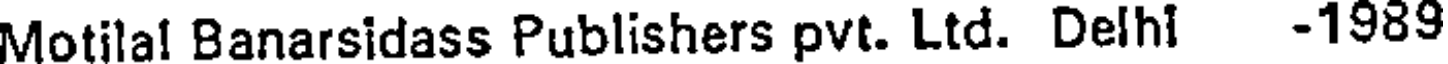
Motilal Banarsidass Publishers pvt. Ltd. Delhi -1989